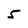
Character: 5